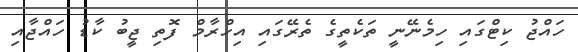
ހައްޖު ކިޓްގައި ހިމެނޭނީ ތަކެތީގެ ތެރޭގައި އިހްރާމް ފޮތި ޖީބު ކާޑު ހައްޖާއި